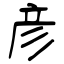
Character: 彦